Report on vaccination in Madras 1904-1921 - 1904-1921
Year: 1904
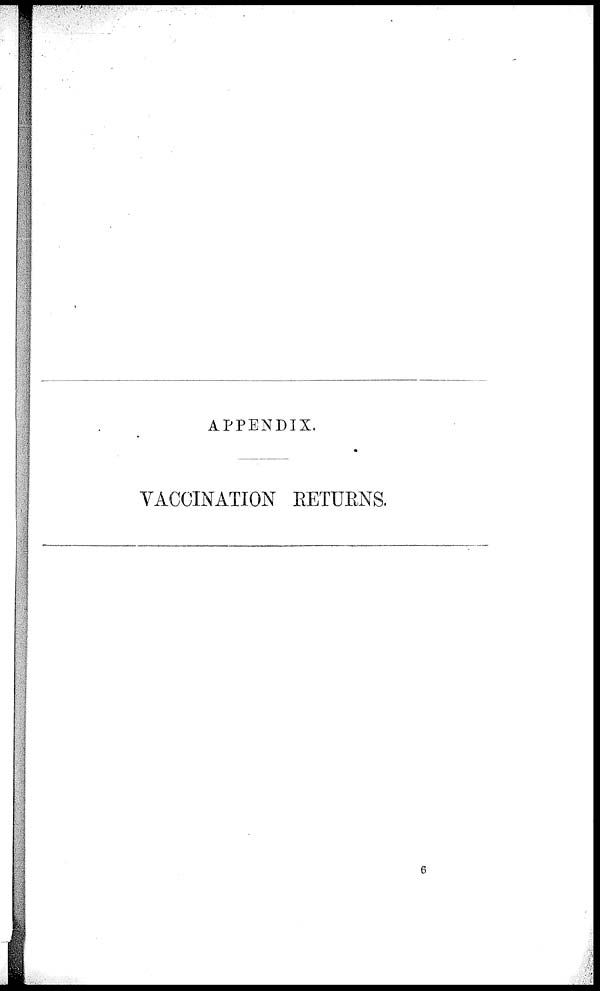
APPENDIX.
VACCINATION RETURNS.
6